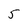
Character: 5